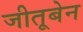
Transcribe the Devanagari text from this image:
जीतूबेन